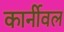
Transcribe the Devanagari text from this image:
कार्नीवल